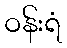
ဝန်းရံ